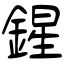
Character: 鍟